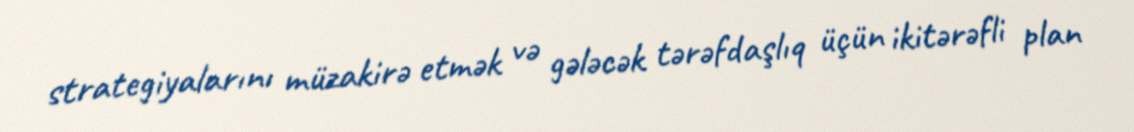
strategiyalarını müzakirə etmək və gələcək tərəfdaşlıq üçün ikitərəfli plan